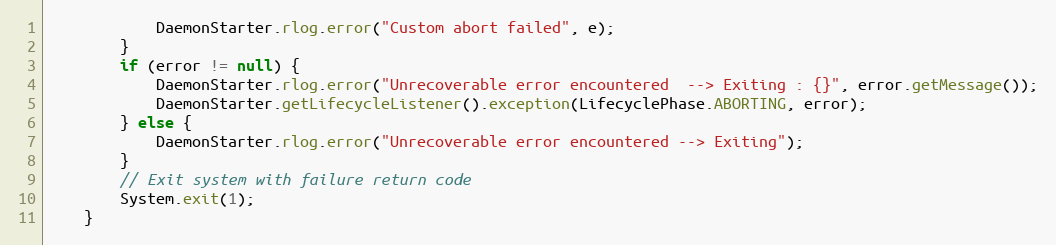
Language: Java
            DaemonStarter.rlog.error("Custom abort failed", e);
        }
        if (error != null) {
            DaemonStarter.rlog.error("Unrecoverable error encountered  --> Exiting : {}", error.getMessage());
            DaemonStarter.getLifecycleListener().exception(LifecyclePhase.ABORTING, error);
        } else {
            DaemonStarter.rlog.error("Unrecoverable error encountered --> Exiting");
        }
        // Exit system with failure return code
        System.exit(1);
    }